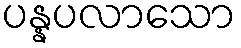
ပန္နပလာသော